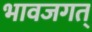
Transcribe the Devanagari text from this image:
भावजगत्